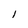
Character: l